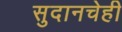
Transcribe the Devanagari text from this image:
सुदानचेही